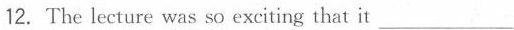
12. The lecture was so exeiting that it ___